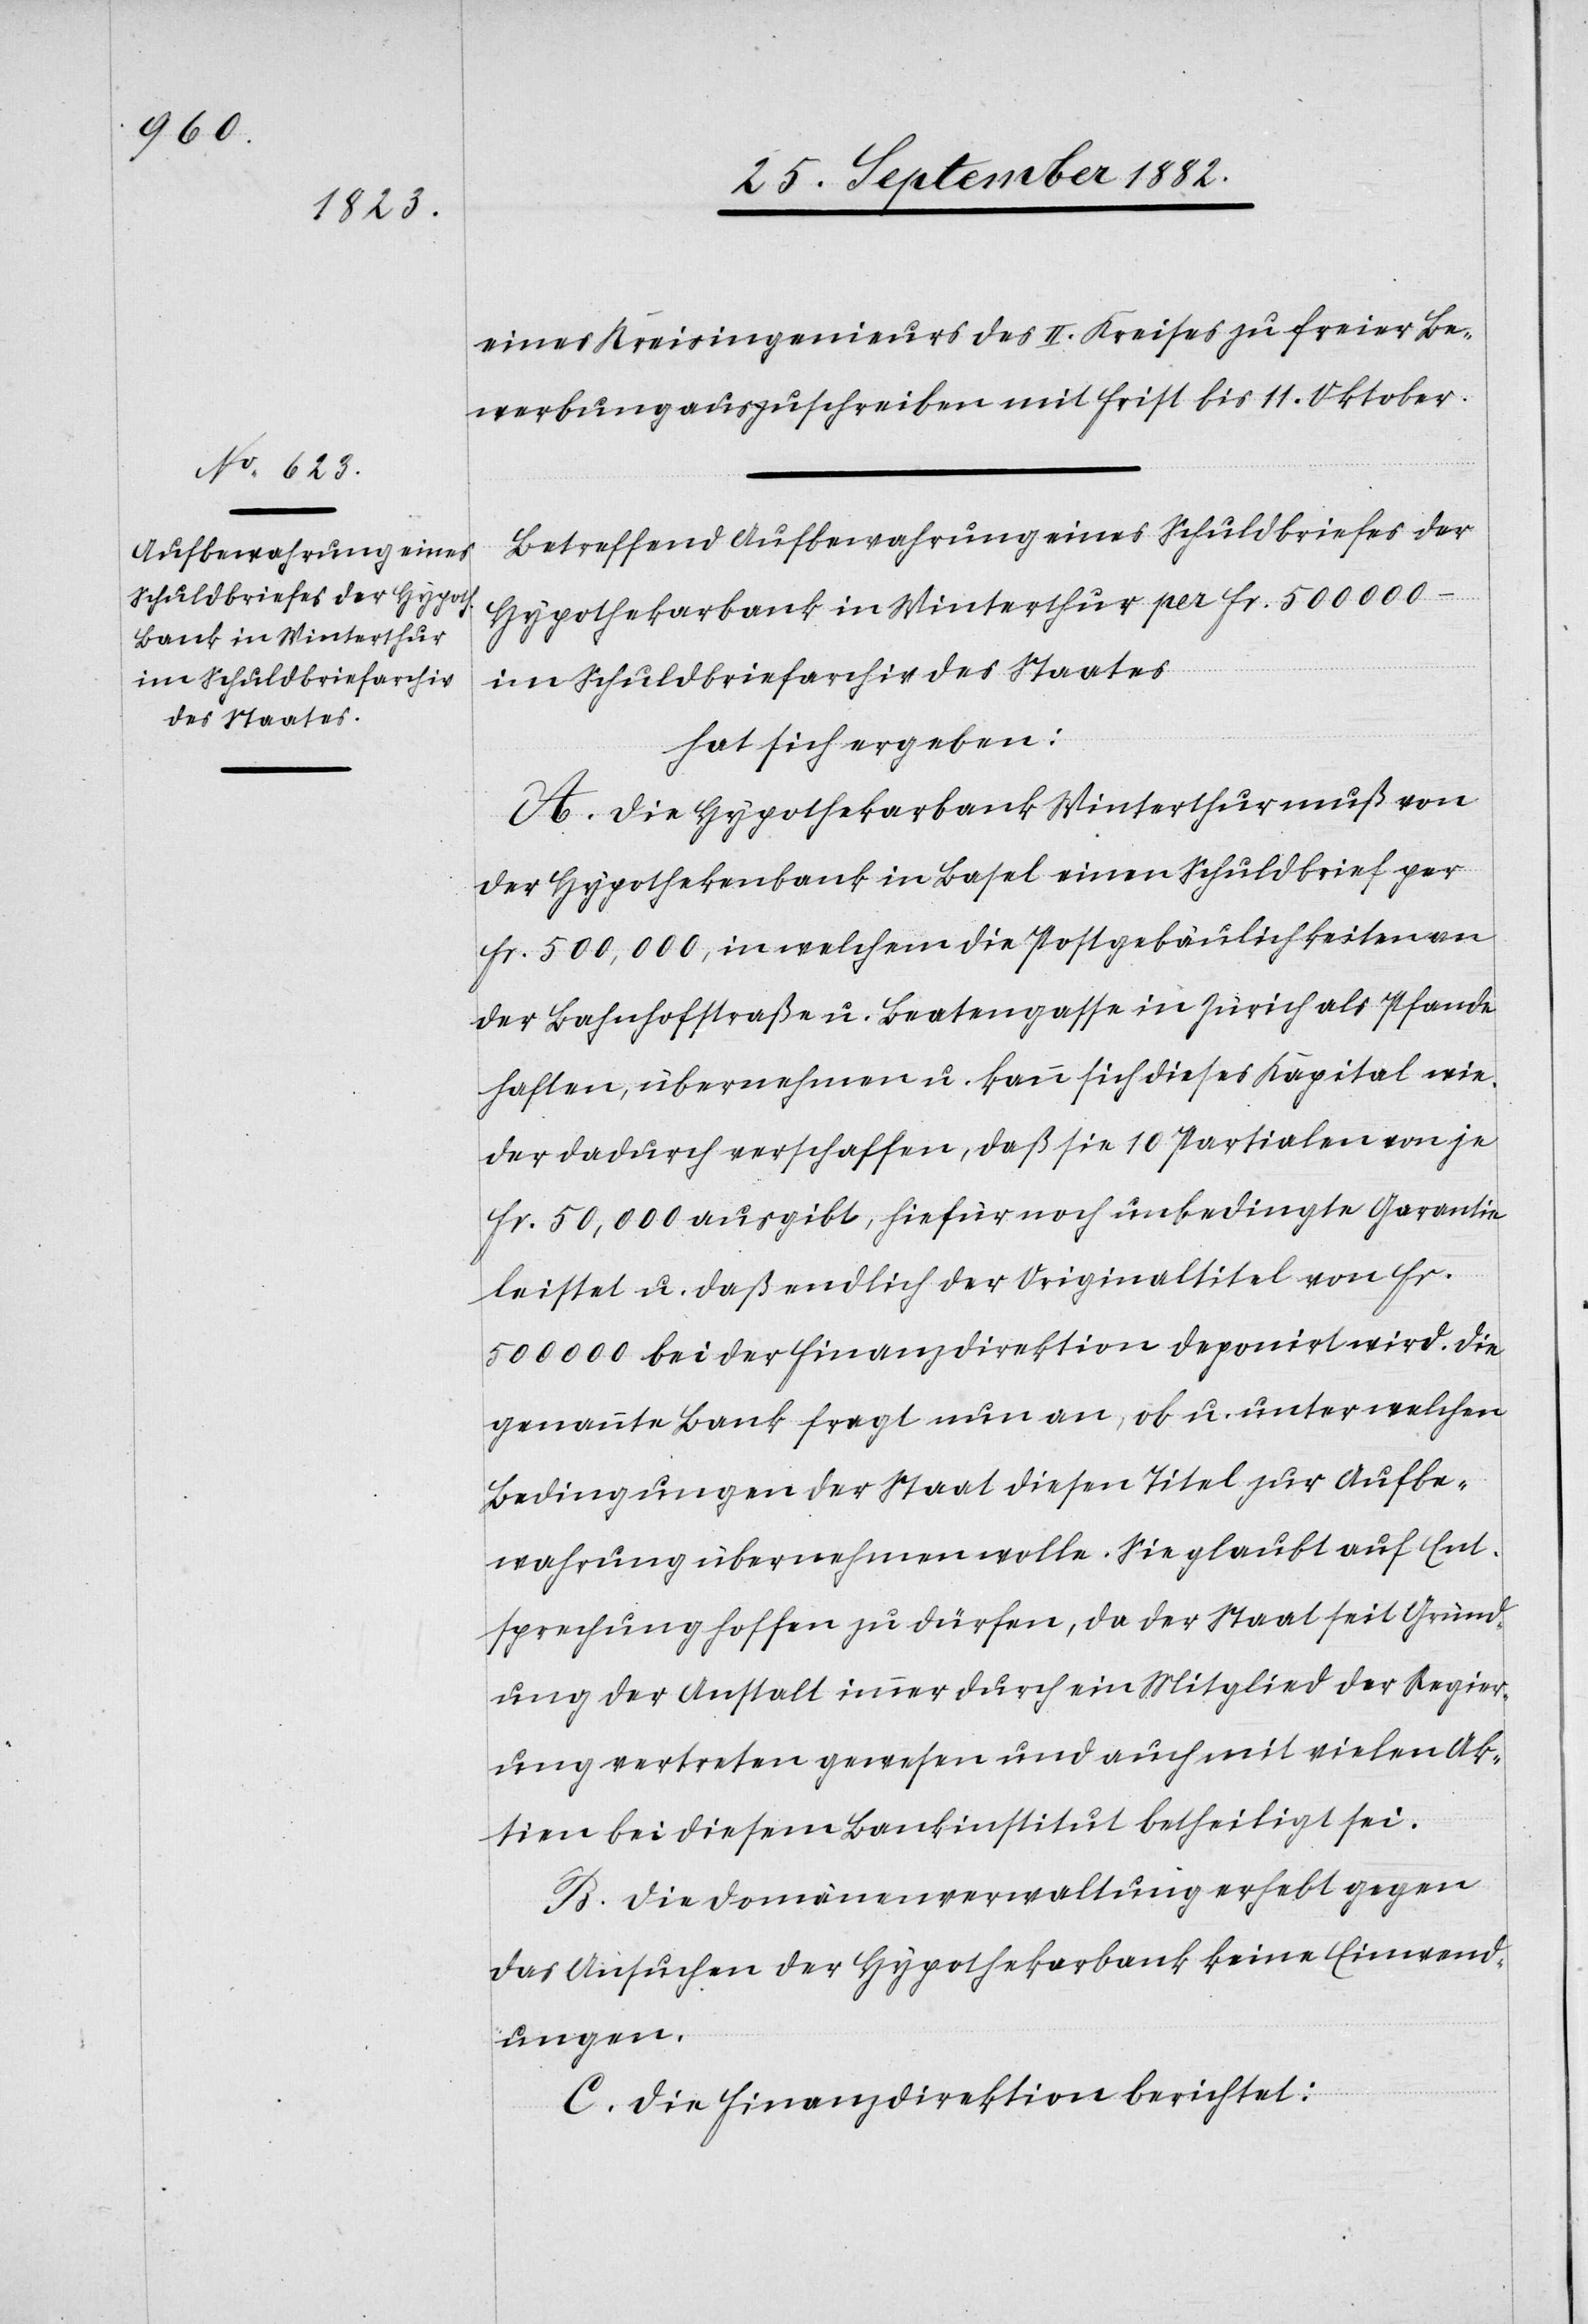
eines Kreisingenieurs des II. Kreises zu freier Be¬
werbung auszuschreiben mit Frist bis 11. Oktober.
Betreffend Aufbewahrung eines Schuldbriefes der
Hypothekarbank in Winterthur per Fr. 500 000 –
im Schuldbriefarchiv des Staates
hat sich ergeben:
A. Die Hypothekarbank Winterthur muß von
der Hypothekarbank in Basel einen Schuldbrief per
Fr. 500,000, in welchem die Postgebäulichkeiten an
der Bahnhofstraße u. Beatengasse in Zürich als Pfande
haften, übernehmen u. kann sich dieses Kapital wie¬
der dadurch verschaffen, daß sie 10 Partialen von je
Fr. 50,000 ausgibt, hiefür noch unbedingte Garantie
leistet u. daß endlich der Originaltitel von Fr.
500 000 bei der Finanzdirektion deponirt wird. Die
genannte Bank fragt nun an, ob u. unter welchen
Bedingungen der Staat diesen Titel zur Aufbe¬
wahrung übernehmen wolle. Sie glaubt auf Ent¬
sprechung hoffen zu dürfen, da der Staat seit Gründ¬
ung der Anstalt immer durch ein Mitglied der Regier¬
ung vertreten gewesen und auch mit vielen Ak¬
tien bei diesem Bankinstitut betheiligt sei.
B. Die Domänenverwaltung erhebt gegen
das Ansuchen der Hypothekarbank keine Einwend¬
ungen.
C. Die Finanzdirektion berichtet: